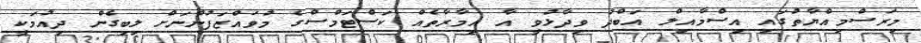
މިރަސްމިއްޔާތުގައި އިސްމާއިލް އަބްދު ވިދާޅުވީ އާ އިމާރާތެއް ކަސްޓަމްސްގެ މުވައްޒަފުންނަށް ލިބިގެން ދިއުމަކީ